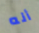
أنه